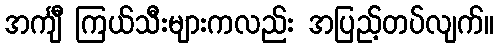
အင်္ကျီ ကြယ်သီးများကလည်း အပြည့်တပ်လျက်။